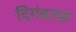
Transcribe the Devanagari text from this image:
दिगंबरफ़